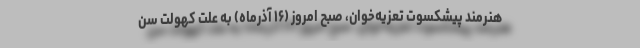
هنرمند پیشکسوت تعزیه‌خوان، صبح امروز (۱۶ آذرماه) به علت کهولت سن